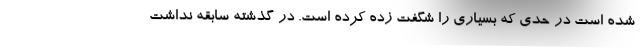
شده است در حدی که بسیاری را شگفت زده کرده است. در گذشته سابقه نداشت